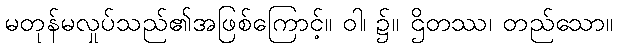
မတုန်မလှုပ်သည်၏အဖြစ်ကြောင့်။ ဝါ၊ ၌။ ဌိတဿ၊ တည်သော။